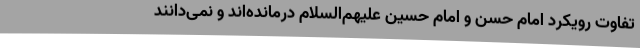
تفاوت رویکرد امام حسن و امام حسین علیهم‌السلام درمانده‌اند و نمی‌دانند